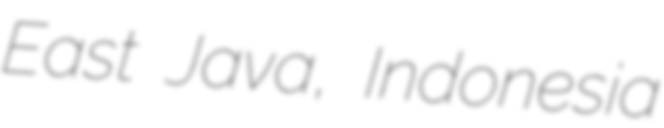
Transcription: East Java, Indonesia